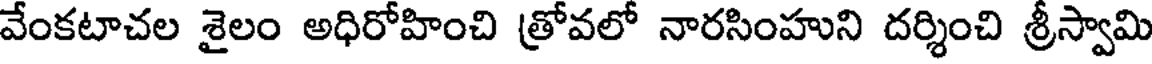
వేంకటాచల శైలం అధిరోహించి త్రోవలో నారసింహుని దర్శించి శ్రీస్వామి